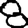
Digit: 8